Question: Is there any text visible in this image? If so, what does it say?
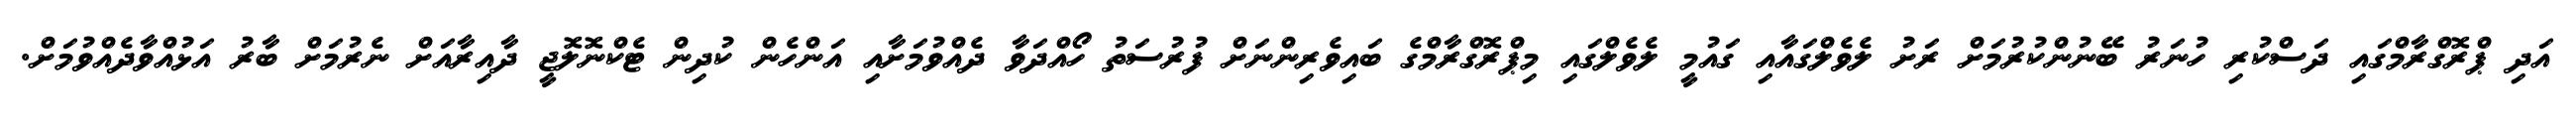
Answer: އަދި ޕްރޮގްރާމްގައި ދަސްކުރި ހުނަރު ބޭނުންކުރުމަށް ރަށު ލެވެލްގައާއި ގައުމީ ލެވެލްގައި މިޕްރޮގްރާމްގެ ބައިވެރިންނަށް ފުރުސަތު ހޯއްދަވާ ދެއްވުމަށާއި އަންހެން ކުދިން ޓެކްނޮލޮޖީ ދާއިރާއަށް ނެރުމަށް ބާރު އަޅުއްވާދެއްވުމަށް.